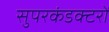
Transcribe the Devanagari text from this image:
सुपरकंडक्टरों